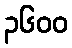
၃၆၀၀